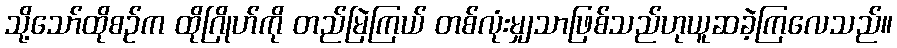
သို့သော်ထိုစဉ်က ထိုဂြိုဟ်ကို တည်မြဲကြယ် တစ်လုံးမျှသာဖြစ်သည်ဟုယူဆခဲ့ကြလေသည်။